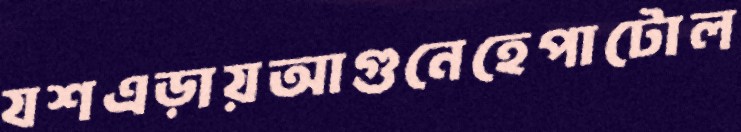
যশএড়ায়আগুনেহেপাটোল